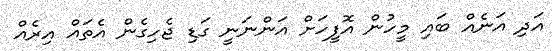
އަދި އަނެއް ބައި މީހުން އޮފީހަށް އަންނަނީ ގަޑި ޖެހިގެން އެތައް އިރެއް